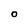
Character: O